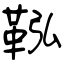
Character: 鞃